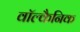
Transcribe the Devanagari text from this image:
वॉल्कैनिक